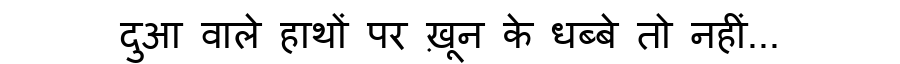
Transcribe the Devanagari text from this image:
दुआ वाले हाथों पर ख़ून के धब्बे तो नहीं...